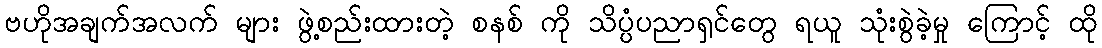
ဗဟိုအချက်အလက် များ ဖွဲ့စည်းထားတဲ့ စနစ် ကို သိပ္ပံပညာရှင်တွေ ရယူ သုံးစွဲခဲ့မှု ကြောင့် ထို